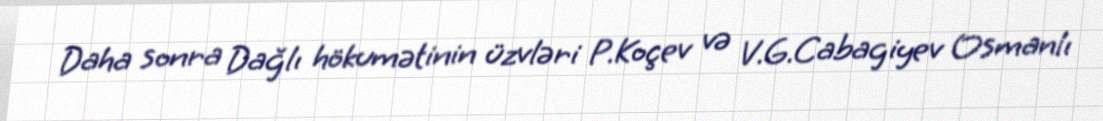
Daha sonra Dağlı hökumətinin üzvləri P.Koçev və V.G.Cabagiyev Osmanlı